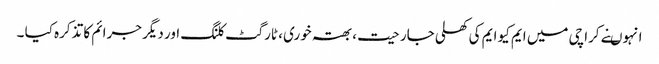
انہوںنے کراچی میں ایم کیو ایم کی کھلی جارحیت ، بھتہ خوری ، ٹارگٹ کلنگ اور دیگر جرائم کا تذکرہ کیا ۔